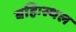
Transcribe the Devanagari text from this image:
बहिःस्थल